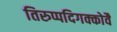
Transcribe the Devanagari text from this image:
तिरुप्पदिगक्कोवै